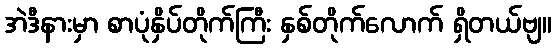
အဲဒီနားမှာ စာပုံနှိပ်တိုက်ကြီး နှစ်တိုက်လောက် ရှိတယ်ဗျ။